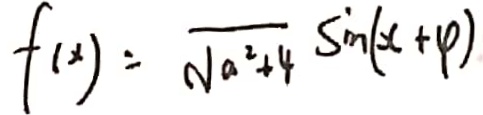
f ( x ) = \sqrt { a ^ { 2 } + 4 } \sin ( x + 4 )